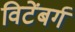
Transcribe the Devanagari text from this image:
विटेंबर्ग